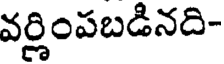
వర్ణింపబడినది-